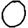
Digit: 0